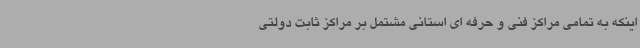
اینکه به تمامی مراکز فنی و حرفه ای استانی مشتمل بر مراکز ثابت دولتی